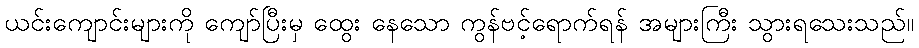
ယင်းကျောင်းများကို ကျော်ပြီးမှ ထွေး နေသော ကွန်ဗင့်ရောက်ရန် အများကြီး သွားရသေးသည်။